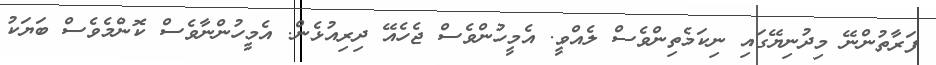
ފަރާތުންނޭ މިދުނިޔޭގައި ނިކަމެތިންވެސް ލެއްވީ. އެމީހުންވެސް ޖެހެއޭ ދިރިއުޅެން. އެމީހުންނާވެސް ކޮންމެވެސް ބަޔަކު